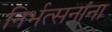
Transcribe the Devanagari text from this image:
निर्भत्सनांना